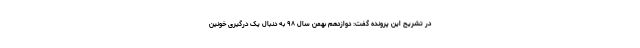
در تشریح این پرونده گفت: دوازدهم بهمن سال ۹۸ به دنبال یک درگیری خونین